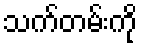
သက်တမ်းကို